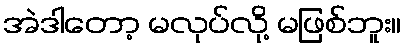
အဲဒါတော့ မလုပ်လို့ မဖြစ်ဘူး။